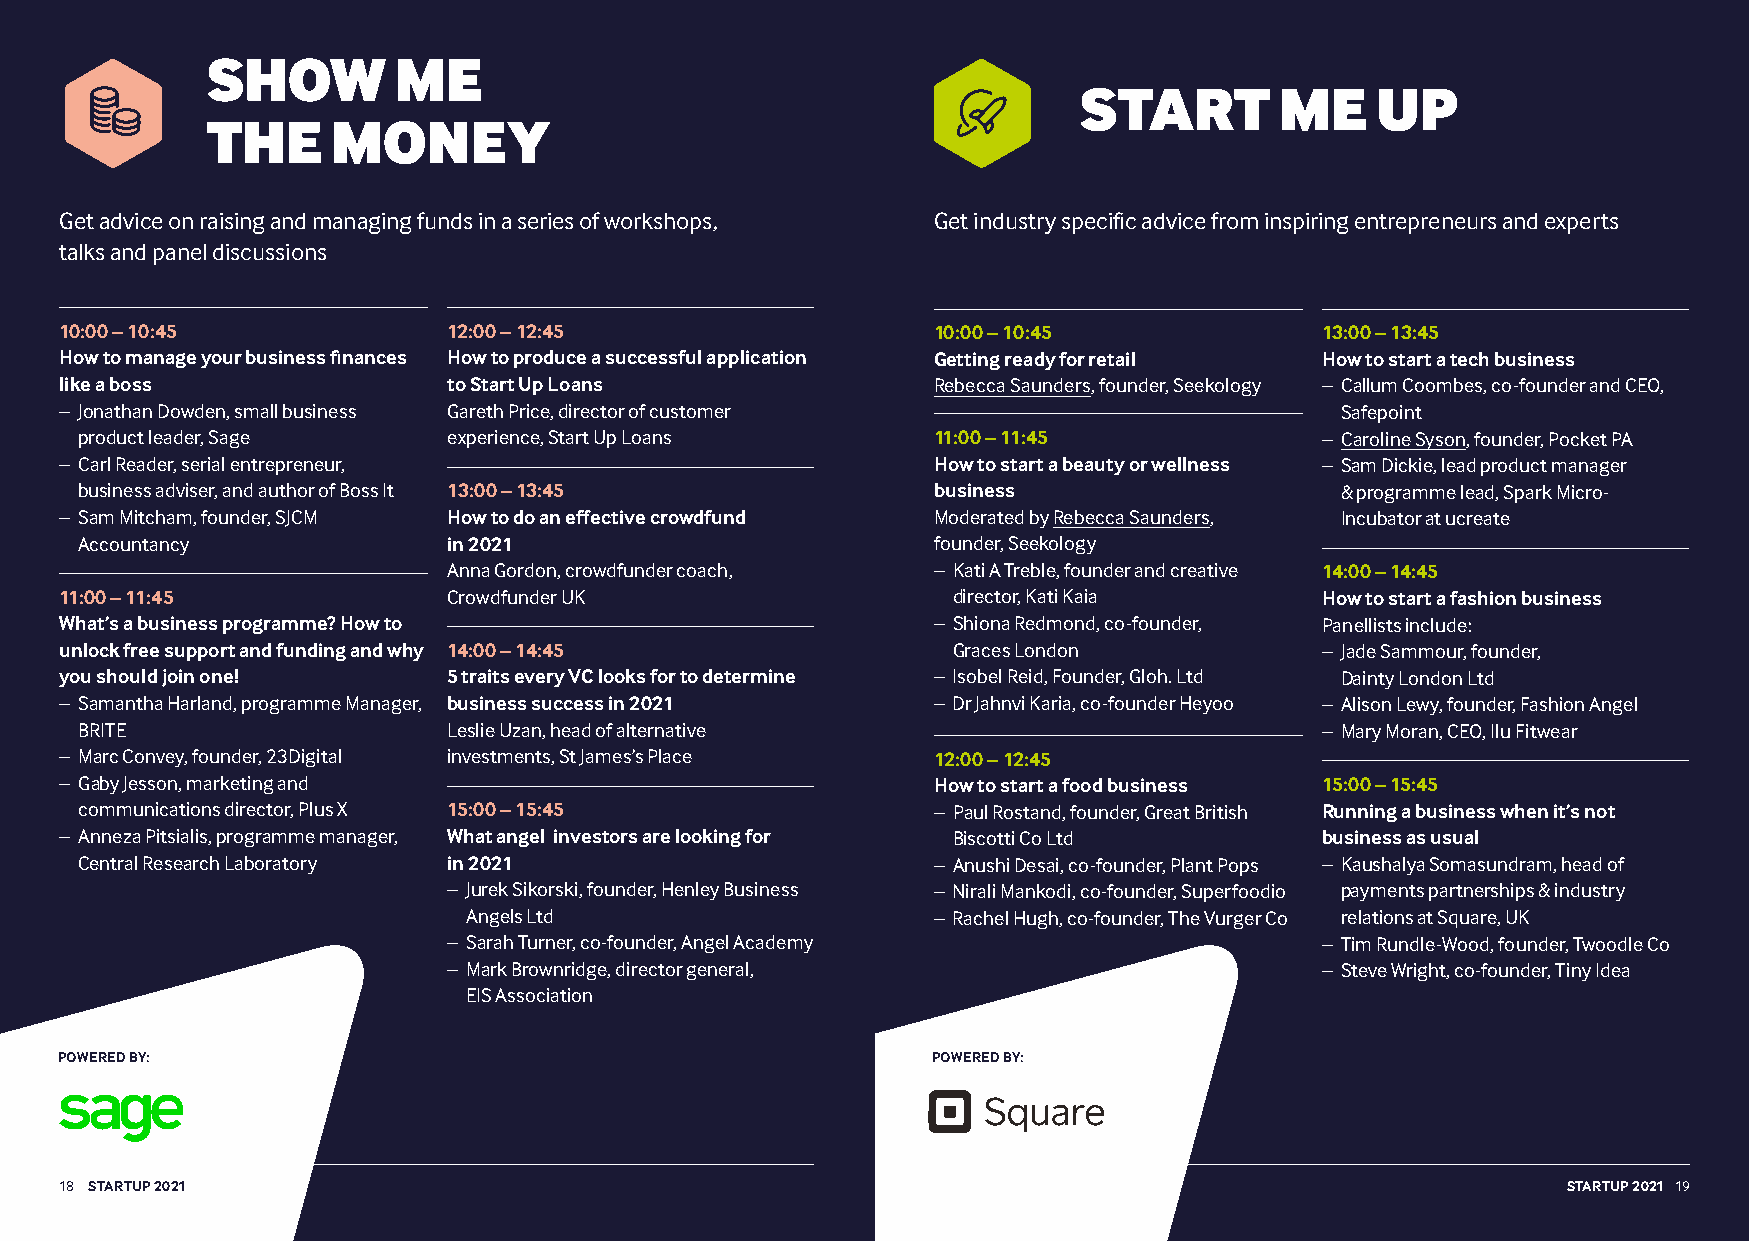
SHOW        ME
 START         ME    UP
 THE     MONEY
 Get advice on raising and managing funds in a series of workshops, Get industry specific advice from inspiring entrepreneurs and experts
 talks and panel discussions
 10:00 – 10:45             12:00 – 12:45                   10:00 – 10:45            13:00 – 13:45
 How to manage your business finances How to produce a successful application Getting ready for retail How to start a tech business
 like a boss               to Start Up Loans               Rebecca Saunders, founder, Seekology – Callum Coombes, co-founder and CEO,
 – Jonathan Dowden, small business Gareth Price, director of customer                 Safepoint
 product leader, Sage     experience, Start Up Loans      11:00 – 11:45            – Caroline Syson, founder, Pocket PA
 – Carl Reader, serial entrepreneur,                       How to start a beauty or wellness – Sam Dickie, lead product manager
 business adviser, and author of Boss It 13:00 – 13:45    business                   & programme lead, Spark Micro-
 – Sam Mitcham, founder, SJCM How to do an effective crowdfund Moderated by Rebecca Saunders, Incubator at ucreate
 Accountancy              in 2021                         founder, Seekology
 Anna Gordon, crowdfunder coach, – K ati A Treble, founder and creative 14:00 – 14:45
 11:00 – 11:45             Crowdfunder UK                   director, Kati Kaia     How to start a fashion business
 What’s a business programme? How to                       – S hiona Redmond, co-founder, Panellists include:
 unlock free support and funding and why 14:00 – 14:45      Graces London           – Jade Sammour, founder,
 you should join one!      5 traits every VC looks for to determine – Isobel Reid, Founder, Gloh. Ltd Dainty London Ltd
 – Samantha Harland, programme Manager, business success in 2021 – Dr Jahnvi Karia, co-founder Heyoo – Alison Lewy, founder, Fashion Angel
 BRITE                    Leslie Uzan, head of alternative                         – Mary Moran, CEO, Ilu Fitwear
 – Marc Convey, founder, 23Digital investments, St James’s Place 12:00 – 12:45
 – Gaby Jesson, marketing and                              How to start a food business 15:00 – 15:45
 communications director, Plus X 15:00 – 15:45            – P aul Rostand, founder, Great British Running a business when it’s not
 – Anneza Pitsialis, programme manager, What angel investors are looking for Biscotti Co Ltd business as usual
 Central Research Laboratory in 2021                      – Anushi Desai, co-founder, Plant Pops – Kaushalya Somasundram, head of
 – Jurek Sikorski, founder, Henley Business – Nirali Mankodi, co-founder, Superfoodio payments partnerships & industry
 Angels Ltd                     – Rachel Hugh, co-founder, The Vurger Co relations at Square, UK
 – Sarah Turner, co-founder, Angel Academy                – Tim Rundle-Wood, founder, Twoodle Co
 – Mark Brownridge, director general,                     – Steve Wright, co-founder, Tiny Idea
 EIS Association
 POWERED BY:                                               POWERED BY:
 1188 SSTTAARRTTUUPP 22002211                                                                        STARTUP 2021 19